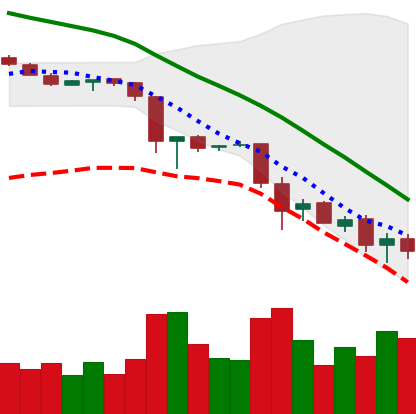
Ticker: EOS-USD
Chart end date: 2018-11-26
Forward return: -7.115%
Label: down_7plus